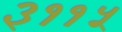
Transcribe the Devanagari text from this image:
३११५